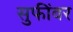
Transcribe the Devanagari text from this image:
सुफींवर